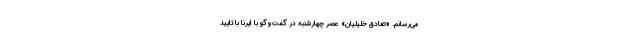
می‌رسانم. «صادق خلیلیان» عصر چهارشنبه در گفت‌وگو با ایرنا با تایید